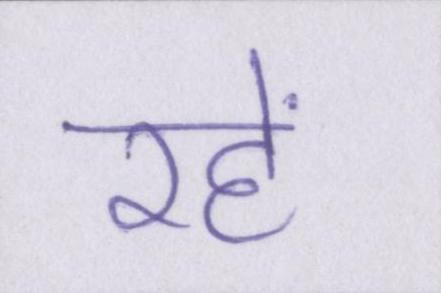
रहें